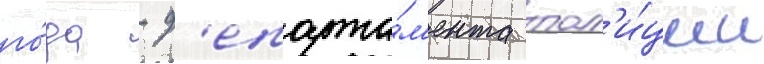
го́да - д'епарта́м'ента пол'и́ции